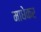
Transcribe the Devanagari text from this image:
माधेकर